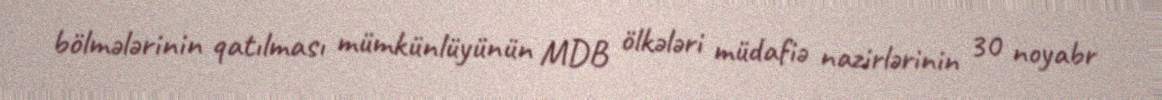
bölmələrinin qatılması mümkünlüyünün MDB ölkələri müdafiə nazirlərinin 30 noyabr